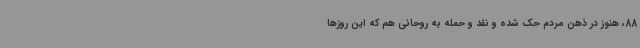
88، هنوز در ذهن مردم حک شده و نقد و حمله به روحانی هم که این روزها